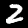
Digit: 2